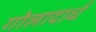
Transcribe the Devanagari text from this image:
गोलादार्ध